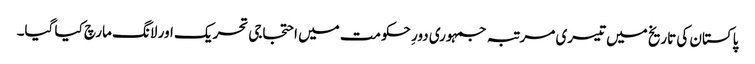
پاکستان کی تاریخ میں تیسری مرتبہ جمہوری دورِ حکومت میں احتجاجی تحریک اور لانگ مارچ کیا گیا۔